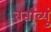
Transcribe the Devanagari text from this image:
बताव्युं